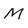
Character: M